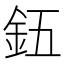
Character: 𮡨